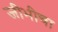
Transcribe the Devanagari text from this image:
जीभीचा